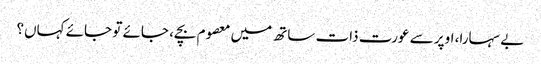
بے سہارا، اوپر سے عورت ذات ساتھ میں معصوم بچے، جائے تو جائے کہاں؟